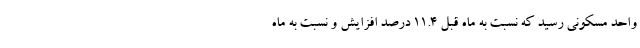
واحد مسکونی رسید که نسبت به ماه قبل ۱۱.۴ درصد افزایش و نسبت به ماه